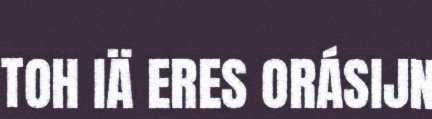
TOH IÄ ERES ORÁSIJN